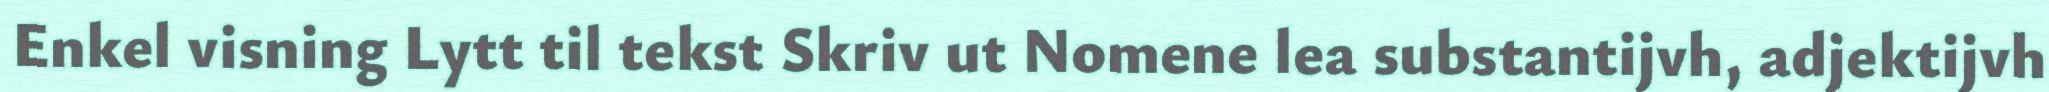
Enkel visning Lytt til tekst Skriv ut Nomene lea substantijvh, adjektijvh